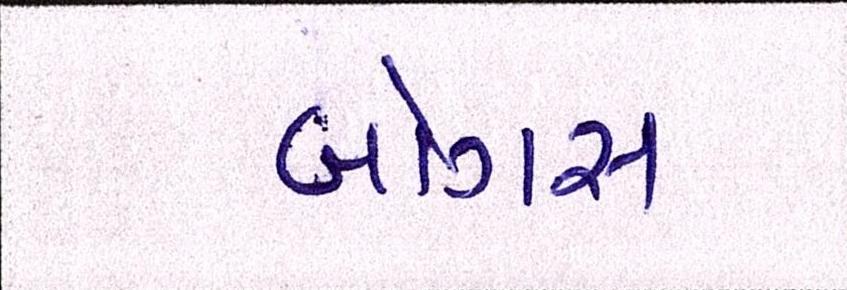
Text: બોગસ